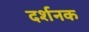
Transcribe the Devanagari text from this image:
दर्शनक